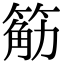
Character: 䈥